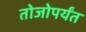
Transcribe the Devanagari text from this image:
तोजोपर्यंत